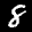
Label: 8